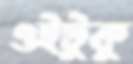
ওইটুকু